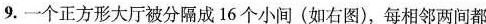
9.一个正方形大厅被分隔成16个小间(如右图)，每相邻两间都